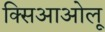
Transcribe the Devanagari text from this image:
क्सिआओलू